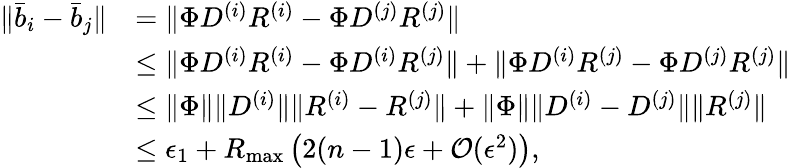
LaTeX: \begin{array}{rl}{\lVert\bar{b}_{i}-\bar{b}_{j}\rVert}&{=\lVert\Phi D^{(i)}R^{(i)}-\Phi D^{(j)}R^{(j)}\rVert}\\ &{\le\lVert\Phi D^{(i)}R^{(i)}-\Phi D^{(i)}R^{(j)}\rVert+\lVert\Phi D^{(i)}R^{(j)}-\Phi D^{(j)}R^{(j)}\rVert}\\ &{\le\lVert\Phi\rVert\lVert D^{(i)}\rVert\lVert R^{(i)}-R^{(j)}\rVert+\lVert\Phi\rVert\lVert D^{(i)}-D^{(j)}\rVert\lVert R^{(j)}\rVert}\\ &{\le\epsilon_{1}+R_{\operatorname*{max}}\left(2(n-1)\epsilon+\mathcal{O}(\epsilon^{2})\right),}\end{array}